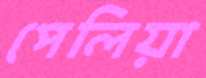
পেলিয়া